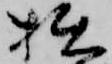
拙